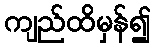
ကျည်ထိမှန်၍